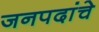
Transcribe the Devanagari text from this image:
जनपदांचे